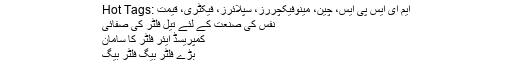
Hot Tags: ایم ای ایس پی ایس، چین، مینوفیکچررز، سپلائرز، فیکٹری، قیمت
نفس کی صنعت کے لئے تیل فلٹر کی صفائی
کمپریسڈ ایئر فلٹر کا سامان
بڑے فلٹر بیگ فلٹر بیگ